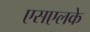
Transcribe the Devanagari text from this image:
एसएलके